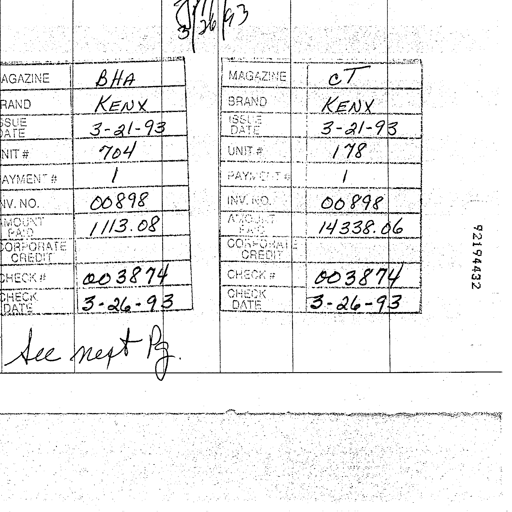
3/26/93
AGAZINE BHA MAGAZINE CT
RAND KENX BRAND KENX
SSUE DATE 3-21-93 ISSUE DATE 3-21-93
NIT # 704 UNIT # 178
AYMENT # 1 PAYMENT # 1
NV. NO. 00898 INV. NO. 00898
MOUNT PAID 1113.08 AMOUNT PAID 14338.06
CORPORATE CREDIT CORPORATE CREDIT
CHECK # 003874 CHECK # 003874
CHECK DATE 3-26-93 CHECK DATE 3-26-93
See next Pg. 92194432